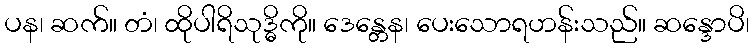
ပန၊ ဆက်။ တံ၊ ထိုပါရိသုဒ္ဓိကို။ ဒေန္တေန၊ ပေးသောရဟန်းသည်။ ဆန္ဒောပိ၊